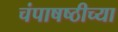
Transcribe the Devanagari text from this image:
चंपाषष्ठीच्या